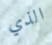
الذي